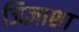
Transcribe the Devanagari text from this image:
जिज्ञाशा